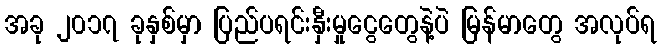
အခု ၂၀၁၇ ခုနှစ်မှာ ပြည်ပရင်းနှီးမှုငွေတွေနဲ့ပဲ မြန်မာတွေ အလုပ်ရ